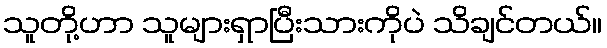
သူတို့ဟာ သူများရှာပြီးသားကိုပဲ သိချင်တယ်။